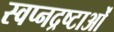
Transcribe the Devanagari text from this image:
स्वप्नद्रष्टाओं